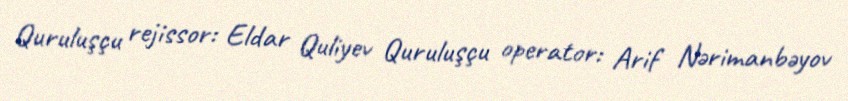
Quruluşçu rejissor: Eldar Quliyev Quruluşçu operator: Arif Nərimanbəyov